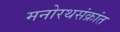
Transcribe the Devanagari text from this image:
मनोरथसंक्रांत